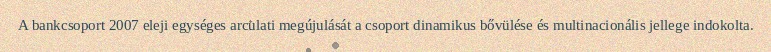
A bankcsoport 2007 eleji egységes arculati megújulását a csoport dinamikus bővülése és multinacionális jellege indokolta.